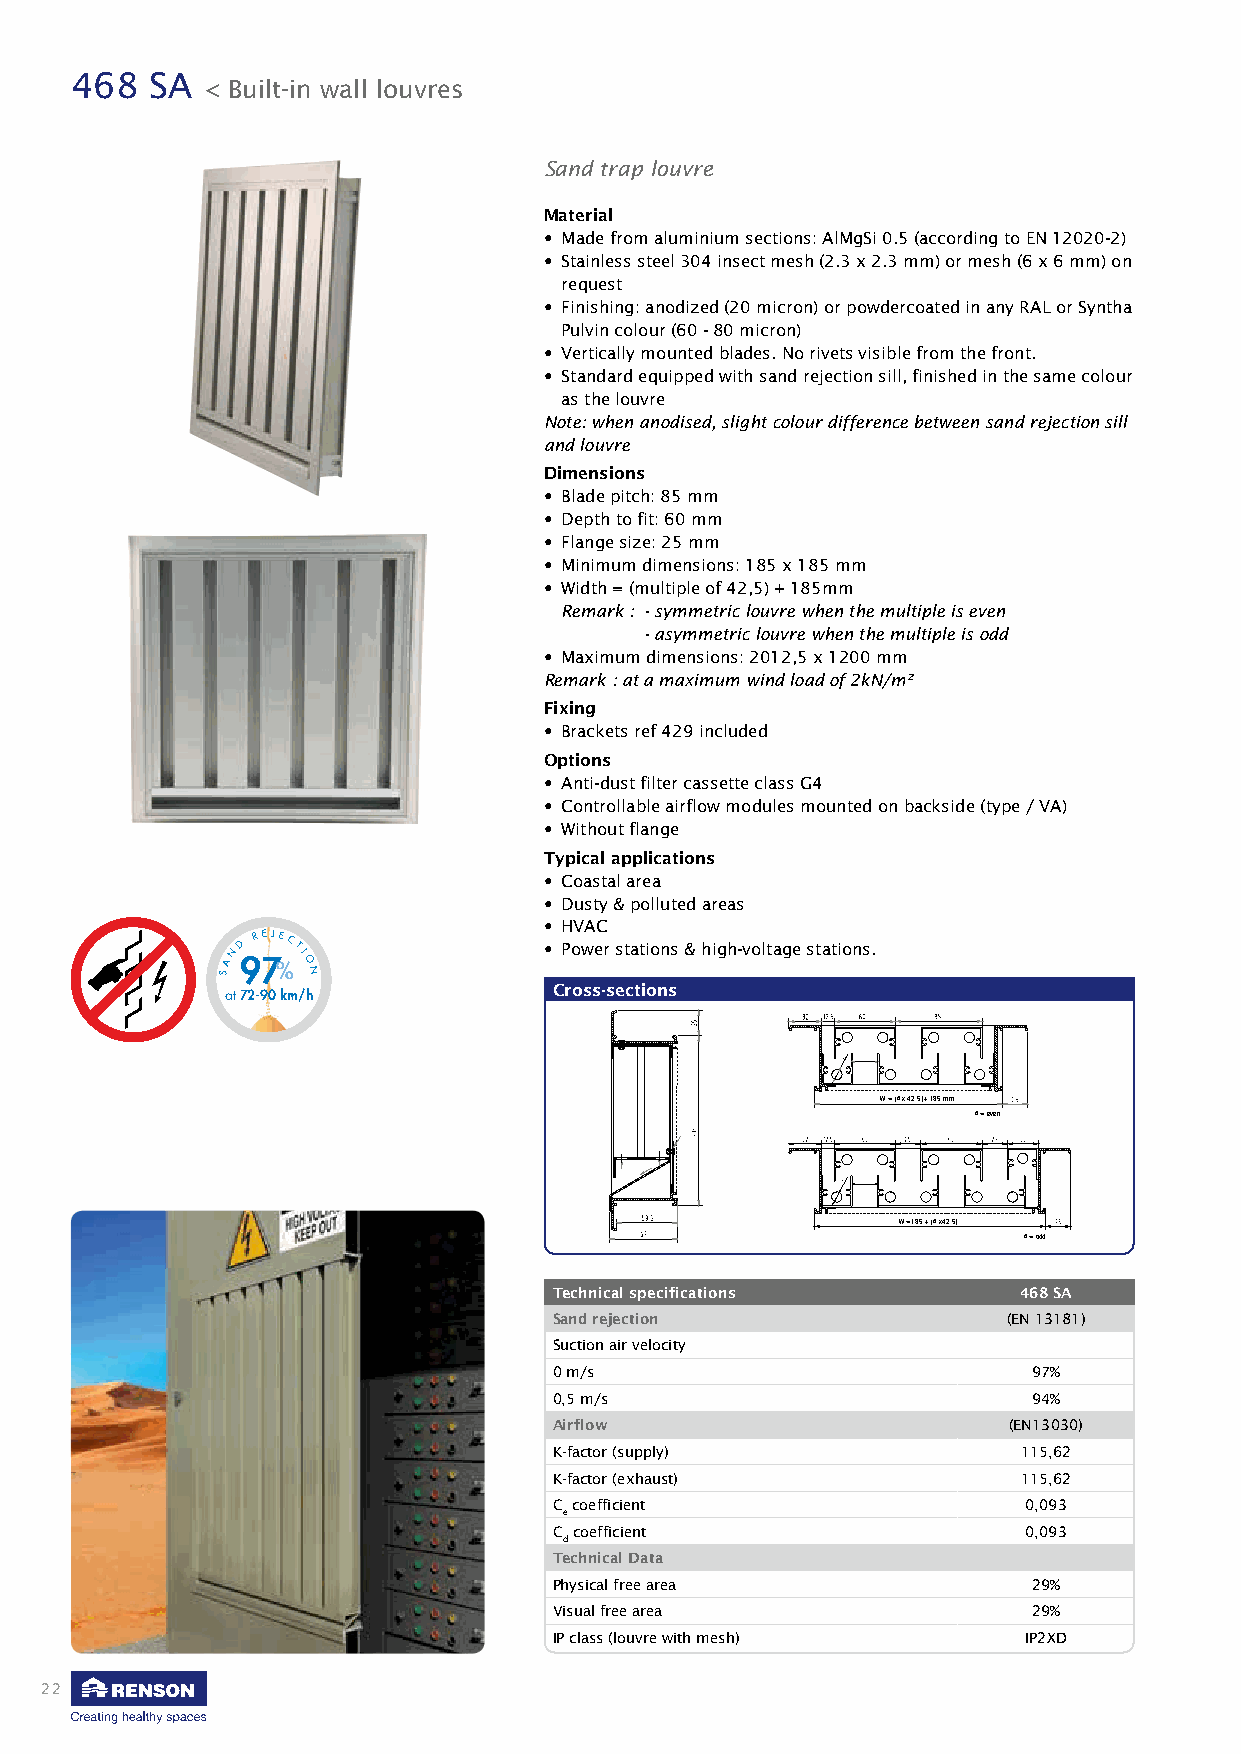
468  SA
 < Built-in wall louvres
 Sand trap louvre
 Material
 • Made from aluminium sections: AlMgSi 0.5 (according to EN 12020-2)
 • Stainless steel 304 insect mesh (2.3 x 2.3 mm) or mesh (6 x 6 mm) on
 request
 • Finishing: anodized (20 micron) or powdercoated in any RAL or Syntha
 Pulvin colour (60 - 80 micron)
 • Vertically mounted blades. No rivets visible from the front.
 • Standard equipped with sand rejection sill, finished in the same colour
 as the louvre
 Note: when anodised, slight colour difference between sand rejection sill
 and louvre
 Dimensions
 • Blade pitch: 85 mm
 • Depth to fit: 60 mm
 • Flange size: 25 mm
 • Minimum dimensions: 185 x 185 mm
 • Width = (multiple of 42,5) + 185mm
 Remark : - symmetric louvre when the multiple is even
 - asymmetric louvre when the multiple is odd
 • Maximum dimensions: 2012,5 x 1200 mm
 Remark : at a maximum wind load of 2kN/m²
 Fixing
 • Brackets ref 429 included
 Options
 • Anti-dust filter cassette class G4
 • Controllable airflow modules mounted on backside (type / VA)
 • Without flange
 Typical applications
 • Coastal area
 • Dusty & polluted areas
 • HVAC
 ND
 REJECTI
 • Power stations & high-voltage stations.
 SA 97% O
 N
 a t 72-90 km/h
 Cross-sections
 W = (# x 42.5) + 185 mm
 # = even
 W = 185 + (# x 42.5)
 # = odd
 Technical specifications      468 SA
 Sand rejection                (EN 13181)
 BLWB === = ((( ###(# xxx x 444 42222...555.5))) )+++ + 111 188885555 mmm mmmmm
 Suction air velocity # ###= === g eepervvaaeeirdnne
 0 m/s                          97%
 0,5 m/s                        94%
 Airflow                       (EN13030)
 K-factor (supply)              115,62
 K-factor (exhaust)             115,62
 C coefficient                  0,093
 e
 C coefficient                  0,093
 d
 Technical Data
 Physical free area             29%
 Visual free area               29%
 IP class (louvre with mesh)    IP2XD
 22